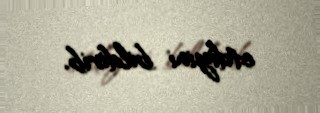
etdiyini bildirib.